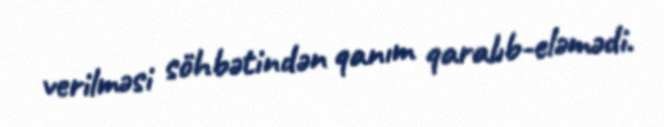
verilməsi söhbətindən qanım qaralıb-eləmədi.